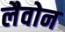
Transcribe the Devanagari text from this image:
लैवोन